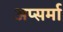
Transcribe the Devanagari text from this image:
अप्सर्मा